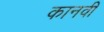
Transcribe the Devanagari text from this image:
कानवी